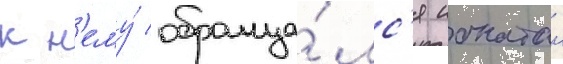
к н'ему́ обраща́лс'я ионатан